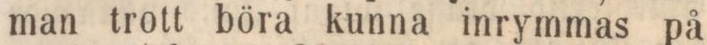
man trott böra kunna inrymmas på